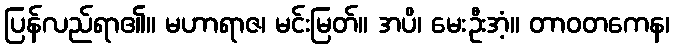
ပြန်လည်ရာ၏။ မဟာရာဇ၊ မင်းမြတ်။ အပိ၊ မေးဦးအံ့။ တာဝတကေန၊